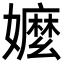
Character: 嬤